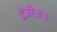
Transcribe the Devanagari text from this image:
डंजीअन